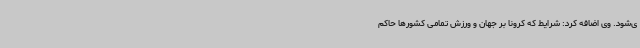
ی‌شود. وی اضافه کرد: شرایط که کرونا بر جهان و ورزش تمامی کشورها حاکم